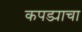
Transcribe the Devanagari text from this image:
कपड्याचा